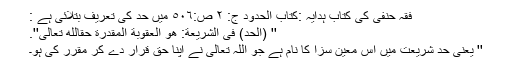
فقہ حنفی کی کتاب ہدایہ :کتاب الحدود ج: ٢ ص:٥٠٦ میں حد کی تعریف بتلائی ہے :
'' (اَلْحَدُّ) فِی الشَّرِیْعَةِ: هُوَ الْعَقُوْبَةُ الْمُقَدَّرَةُ حَقًّالِلّٰهِ تَعَالٰی''.
'' یعنی حد شریعت میں اُس معین سزا کا نام ہے جو اللہ تعالیٰ نے اپنا حق قرار دے کر مقرر کی ہو۔